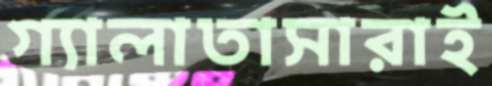
গ্যালাতাসারাই